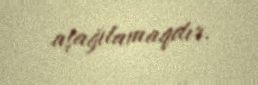
aşağılamaqdır.